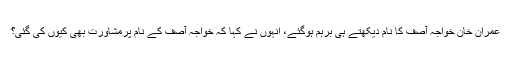
عمران خان خواجہ آصف کا نام دیکھتے ہی برہم ہوگئے، انہوں نے کہا کہ خواجہ آصف کے نام پرمشاورت بھی کیوں کی گئی؟